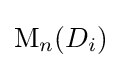
\operatorname {M} _{n}(D_{i})